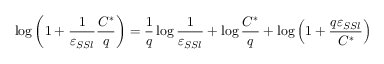
\log \left( 1 + \frac { 1 } { \varepsilon _ { S S l } } \frac { C ^ { * } } { q } \right) = \frac 1 q \log \frac { 1 } { \varepsilon _ { S S l } } + \log \frac { C ^ { * } } { q } + \log \left( 1 + \frac { q \varepsilon _ { S S l } } { C ^ { * } } \right)